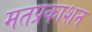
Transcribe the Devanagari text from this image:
मतप्रकाशन